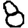
Digit: 8